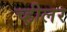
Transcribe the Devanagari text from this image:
च्हीलर